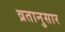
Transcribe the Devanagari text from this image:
व्रतानुसार